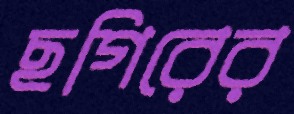
ছগিরের